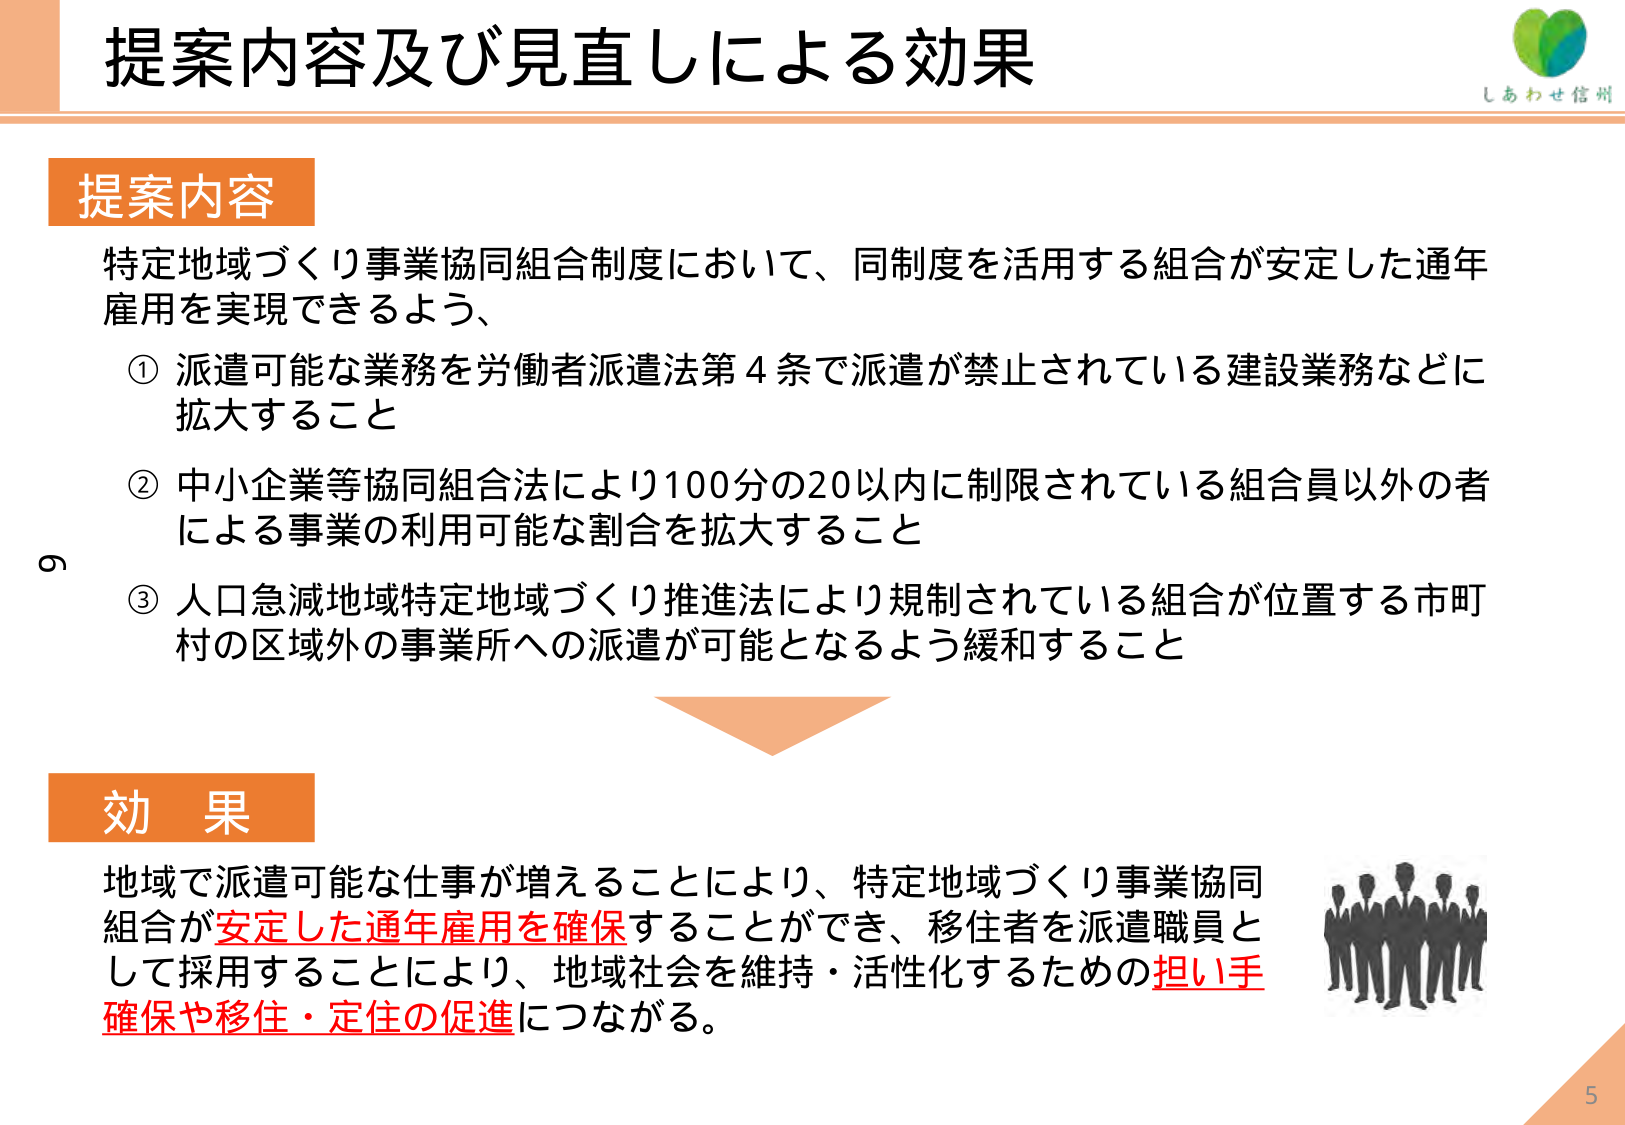
提案内容及び見直しによる効果

提案内容
特定地域づくり事業協同組合制度において、同制度を活用する組合が安定した通年雇用を実現できるよう、
① 派遣可能な業務を労働者派遣法第4条で派遣が禁止されている建設業務などに拡大すること
② 中小企業等協同組合法により100分の20以内に制限されている組合員以外の者による事業の利用可能な割合を拡大すること
③ 人口急減地域特定地域づくり推進法により規制されている組合が位置する市町村の区域外の事業所への派遣が可能となるよう緩和すること

効果
地域で派遣可能な仕事が増えることにより、特定地域づくり事業協同組合が安定した通年雇用を確保することができ、移住者を派遣職員として採用することにより、地域社会を維持・活性化するための担い手確保や移住・定住の促進につながる。

しあわせ信州
5